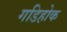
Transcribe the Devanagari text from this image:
गडिहोक